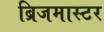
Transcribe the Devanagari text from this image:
ब्रिजमास्टर